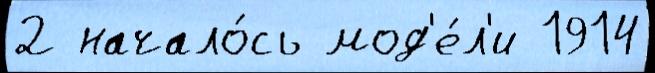
2 начало́сь мод'е́л'и 1914